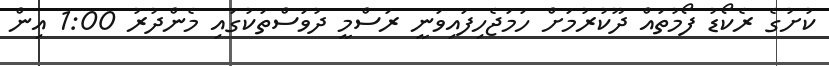
ކުށުގެ ރެކޯޑު ފޯމުތައް ދޫކުރުމަށް ހަމަޖެހިފައިވަނީ ރަސްމީ ދުވަސްތަކުގައި މެންދުރު 1:00 އިން